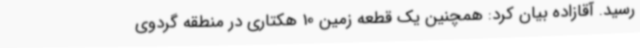
رسید. آقازاده بیان کرد: همچنین یک قطعه زمین 10 هکتاری در منطقه گردوی